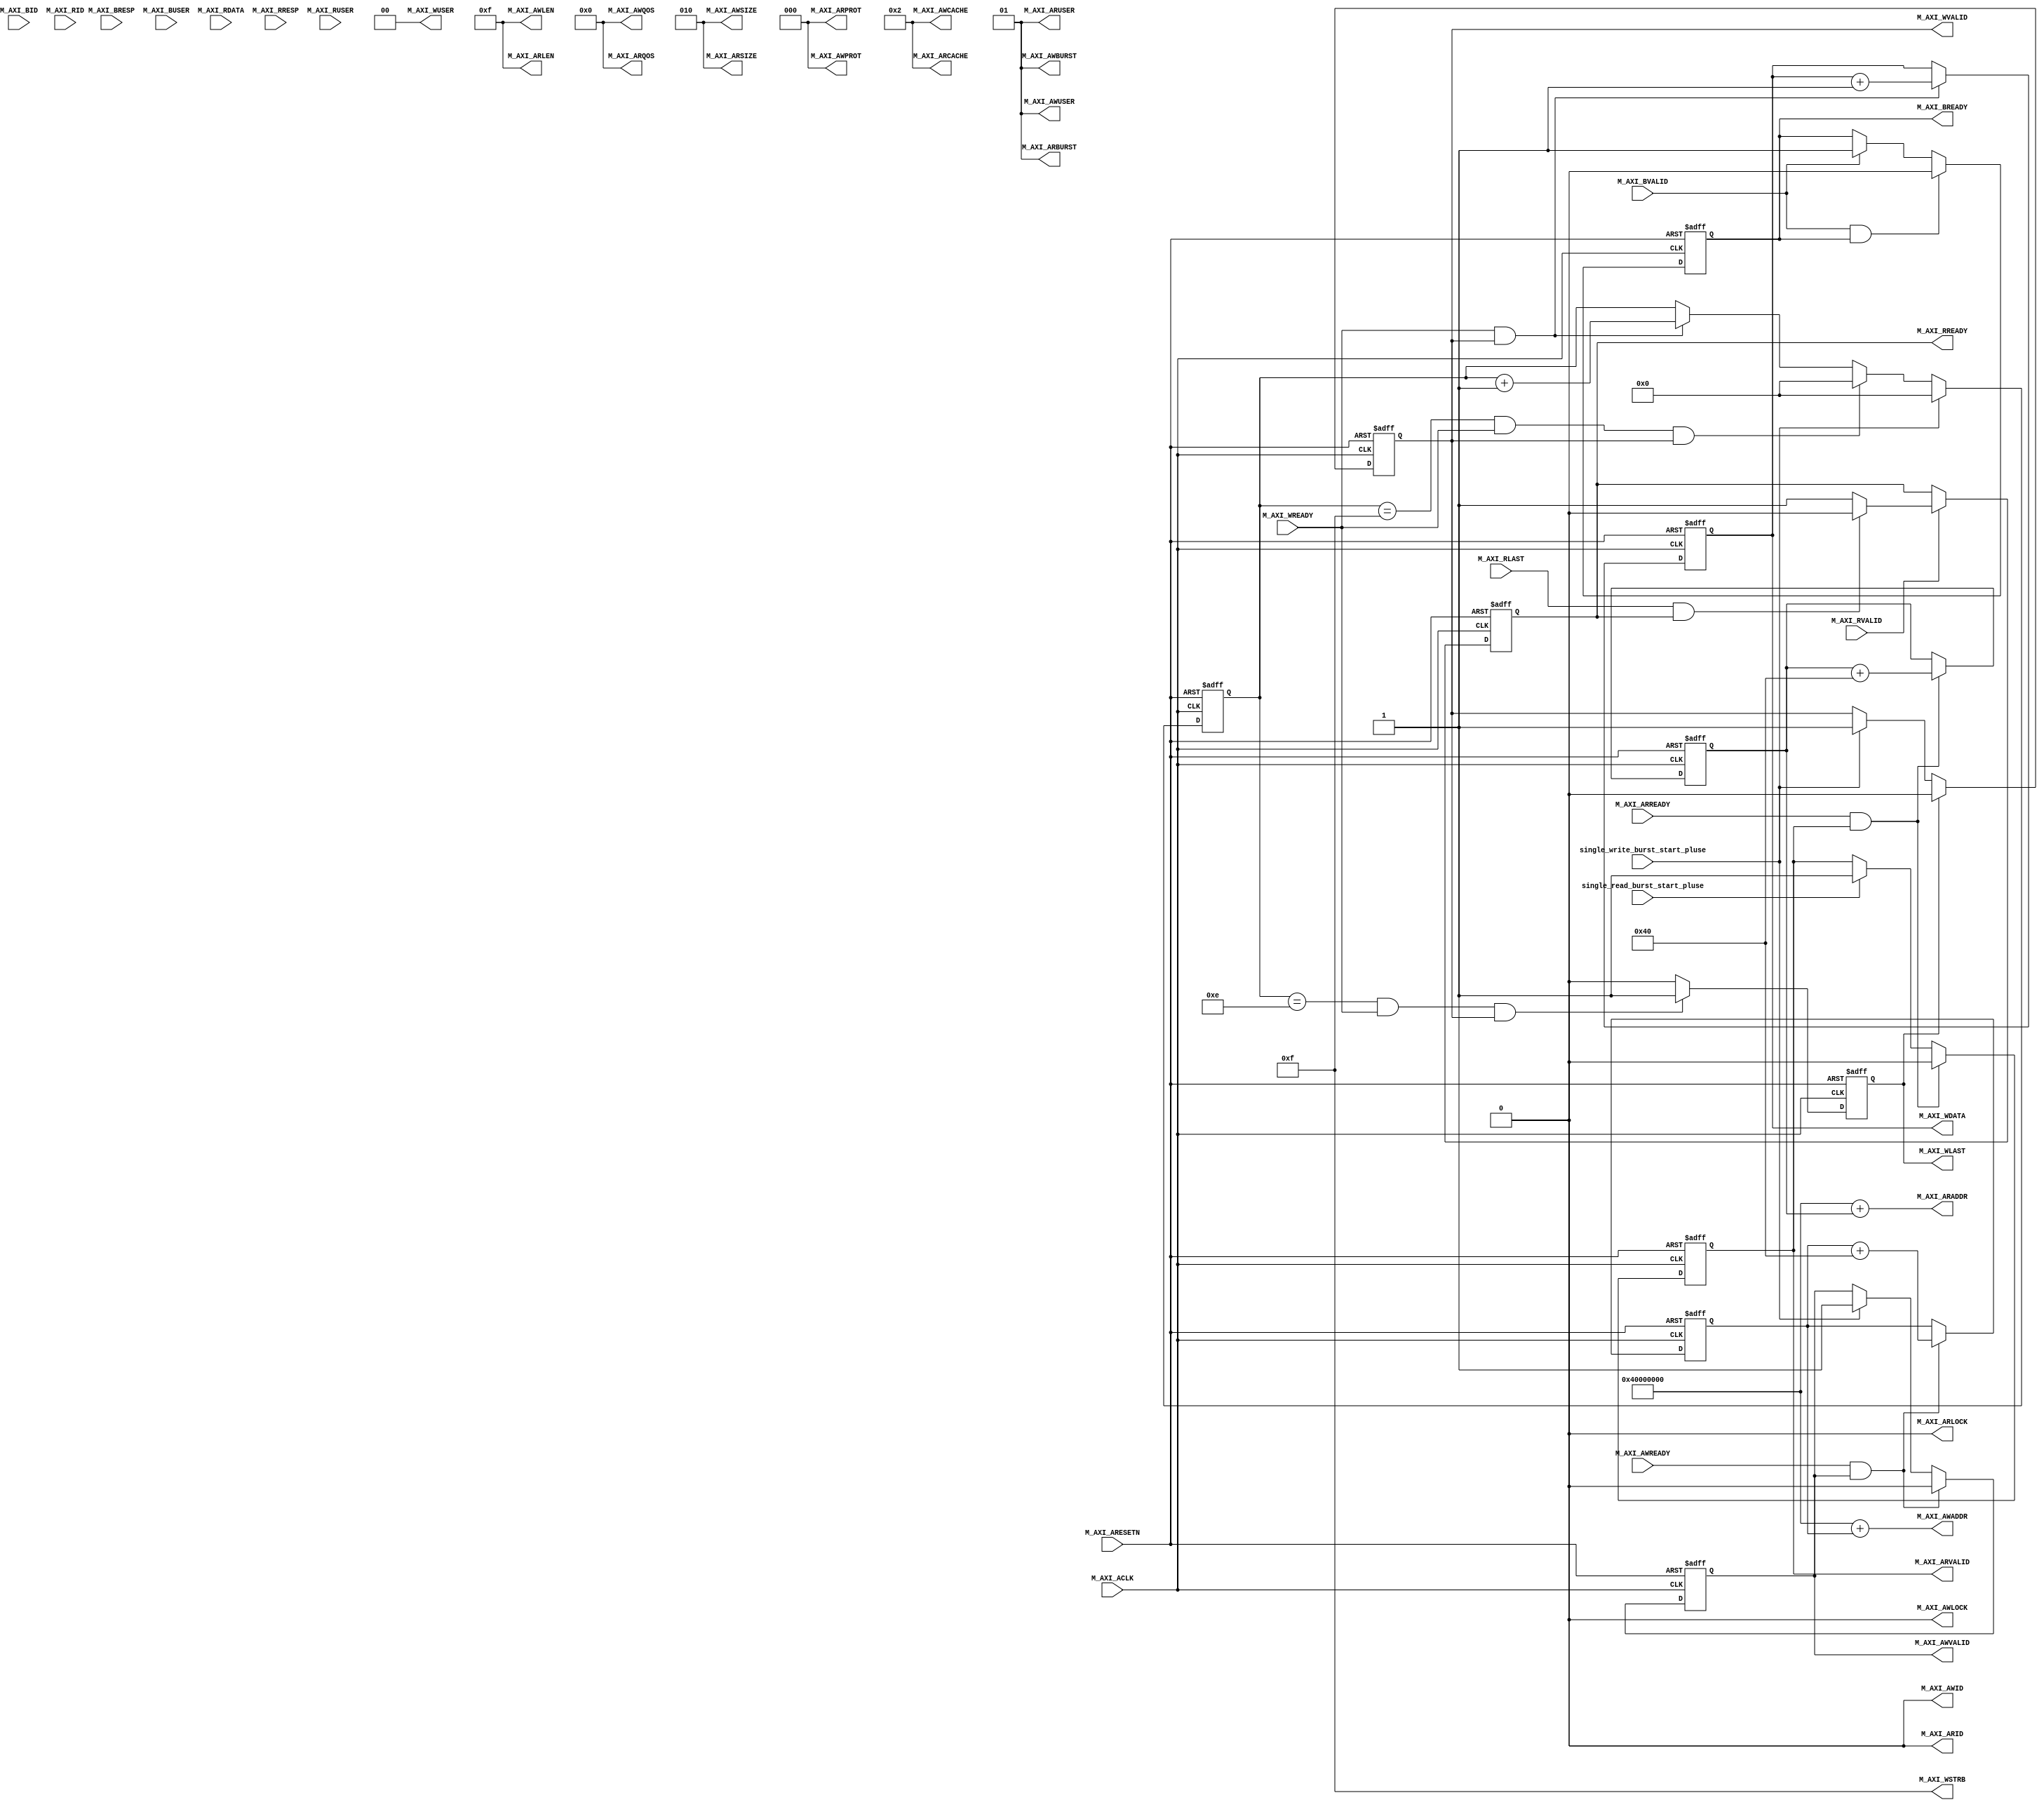
`timescale 1 ns / 1 ps
//////////////////////////////////////////////////////////////////////////////////
// Company: 
// 
// Design Name: 
// Module Name: m_axi_master_myself
// Project Name: 
// Target Devices: 
// Tool Versions: 
// Description: 
// 
// Dependencies: 
// 
// Revision:
// Revision 0.01 - File Created
// Additional Comments:
// 
//////////////////////////////////////////////////////////////////////////////////
module m_axi_master_myself #(
    parameter                           C_M_TARGET_SLAVE_BASE_ADDR= 32'h40000000,// Base address of targeted slave
    parameter                           C_M_AXI_BURST_LEN         = 16,// Burst Length. Supports 1, 2, 4, 8, 16, 32, 64, 128, 256 burst lengths
    parameter                           C_M_AXI_ID_WIDTH          = 1,// Thread ID Width
    parameter                           C_M_AXI_ADDR_WIDTH        = 32,// Width of Address Bus
    parameter                           C_M_AXI_DATA_WIDTH        = 32,// Width of Data Bus
    parameter                           C_M_AXI_AWUSER_WIDTH      = 0,// Width of User Write Address Bus
    parameter                           C_M_AXI_ARUSER_WIDTH      = 0,// Width of User Read Address Bus
    parameter                           C_M_AXI_WUSER_WIDTH       = 0,// Width of User Write Data Bus
    parameter                           C_M_AXI_RUSER_WIDTH       = 0,// Width of User Read Data Bus
    parameter                           C_M_AXI_BUSER_WIDTH       = 0// Width of User Response Bus
) (
    //-------------------------customrize---------------------------//
    input                               single_write_burst_start_pluse,
    input                               single_read_burst_start_pluse,
    //----------------------m AXI MM interface---------------------//
    input  wire                         M_AXI_ACLK                 ,// Global Clock Signal.
    input  wire                         M_AXI_ARESETN              ,// Global Reset Singal. This Signal is Active Low
    // aw channel(write address)
    output wire        [C_M_AXI_ID_WIDTH-1: 0]M_AXI_AWID           ,// Master Interface Write Address ID
    output wire        [C_M_AXI_ADDR_WIDTH-1: 0]M_AXI_AWADDR       ,// Master Interface Write Address
    output wire        [   7: 0]        M_AXI_AWLEN                ,// Burst length. The burst length gives the exact number of transfers in a burst
    output wire        [   2: 0]        M_AXI_AWSIZE               ,// Burst size. This signal indicates the size of each transfer in the burst
    output wire        [   1: 0]        M_AXI_AWBURST              ,// Burst type. The burst type and the size information,  determine how the address for each transfer within the burst is calculated.
    output wire                         M_AXI_AWLOCK               ,// Lock type. Provides additional information about the atomic characteristics of the transfer.
    output wire        [   3: 0]        M_AXI_AWCACHE              ,// Memory type. This signal indicates how transactions are required to progress through a system.
    output wire        [   2: 0]        M_AXI_AWPROT               ,// Protection type. This signal indicates the privilege and security level of the transaction, and whether the transaction is a data access or an instruction access.
    output wire        [   3: 0]        M_AXI_AWQOS                ,// Quality of Service, QoS identifier sent for each write transaction.
    output wire        [C_M_AXI_AWUSER_WIDTH-1: 0]M_AXI_AWUSER     ,// Optional User-defined signal in the write address channel.
    output wire                         M_AXI_AWVALID              ,// Write address valid. This signal indicates that the channel is signaling valid write address and control information.
    input  wire                         M_AXI_AWREADY              ,// Write address ready. This signal indicates that the slave is ready to accept an address and associated control signals
    // w channel(write data)
    output wire        [C_M_AXI_DATA_WIDTH-1: 0]M_AXI_WDATA        ,// Master Interface Write Data.
    output wire        [C_M_AXI_DATA_WIDTH/8-1: 0]M_AXI_WSTRB      ,// Write strobes. This signal indicates which byte lanes hold valid data. There is one write strobe bit for each eight bits of the write data bus.
    output wire                         M_AXI_WLAST                ,// Write last. This signal indicates the last transfer in a write burst.
    output wire        [C_M_AXI_WUSER_WIDTH-1: 0]M_AXI_WUSER       ,// Optional User-defined signal in the write data channel.
    output wire                         M_AXI_WVALID               ,// Write valid. This signal indicates that valid write data and strobes are available
    input  wire                         M_AXI_WREADY               ,// Write ready. This signal indicates that the slave can accept the write data.
    // b channel
    input  wire        [C_M_AXI_ID_WIDTH-1: 0]M_AXI_BID            ,// Master Interface Write Response.
    input  wire        [   1: 0]        M_AXI_BRESP                ,// Write response. This signal indicates the status of the write transaction.
    input  wire        [C_M_AXI_BUSER_WIDTH-1: 0]M_AXI_BUSER       ,// Optional User-defined signal in the write response channel
    input  wire                         M_AXI_BVALID               ,// Write response valid. This signal indicates that the channel is signaling a valid write response.
    output wire                         M_AXI_BREADY               ,// Response ready. This signal indicates that the master can accept a write response.
    // ar channel(read address)
    output wire        [C_M_AXI_ID_WIDTH-1: 0]M_AXI_ARID           ,// Master Interface Read Address.
    output wire        [C_M_AXI_ADDR_WIDTH-1: 0]M_AXI_ARADDR       ,// Read address. This signal indicates the initial address of a read burst transaction.
    output wire        [   7: 0]        M_AXI_ARLEN                ,// Burst length. The burst length gives the exact number of transfers in a burst
    output wire        [   2: 0]        M_AXI_ARSIZE               ,// Burst size. This signal indicates the size of each transfer in the burst
    output wire        [   1: 0]        M_AXI_ARBURST              ,// Burst type. The burst type and the size information,  determine how the address for each transfer within the burst is calculated.
    output wire                         M_AXI_ARLOCK               ,// Lock type. Provides additional information about the atomic characteristics of the transfer.
    output wire        [   3: 0]        M_AXI_ARCACHE              ,// Memory type. This signal indicates how transactions are required to progress through a system.
    output wire        [   2: 0]        M_AXI_ARPROT               ,// Protection type. This signal indicates the privilege and security level of the transaction, and whether the transaction is a data access or an instruction access.
    output wire        [   3: 0]        M_AXI_ARQOS                ,// Quality of Service, QoS identifier sent for each read transaction
    output wire        [C_M_AXI_ARUSER_WIDTH-1: 0]M_AXI_ARUSER     ,// Optional User-defined signal in the read address channel.
    output wire                         M_AXI_ARVALID              ,// Write address valid. This signal indicates that the channel is signaling valid read address and control information
    input  wire                         M_AXI_ARREADY              ,// Read address ready. This signal indicates that the slave is ready to accept an address and associated control signals
    // r channel(read data)
    input  wire        [C_M_AXI_ID_WIDTH-1: 0]M_AXI_RID            ,// Read ID tag. This signal is the identification tag for the read data group of signals generated by the slave.
    input  wire        [C_M_AXI_DATA_WIDTH-1: 0]M_AXI_RDATA        ,// Master Read Data
    input  wire        [   1: 0]        M_AXI_RRESP                ,// Read response. This signal indicates the status of the read transfer
    input  wire                         M_AXI_RLAST                ,// Read last. This signal indicates the last transfer in a read burst
    input  wire        [C_M_AXI_RUSER_WIDTH-1: 0]M_AXI_RUSER       ,// Optional User-defined signal in the read address channel.
    input  wire                         M_AXI_RVALID               ,// Read valid. This signal indicates that the channel is signaling the required read data.
    output wire                         M_AXI_RREADY                // Read ready. This signal indicates that the master can accept the read data and response information.
);
// ********************************************************************************** // 
//---------------------------------------------------------------------
// function called clogb2 that returns an integer which has the value of the ceiling of the log base 2
// for example, b = 8, a = clogb2(b) = 4
//---------------------------------------------------------------------
function integer clogb2;
    input                               integer bit_depth          ;
    for (clogb2 = 0; bit_depth>0; clogb2=clogb2+1) begin
        bit_depth = bit_depth >> 1;
    end
endfunction
// ********************************************************************************** // 
//---------------------------------------------------------------------
// regs and wires and localparams
//---------------------------------------------------------------------
    localparam                          integer C_TRANSACTIONS_NUM= clogb2(C_M_AXI_BURST_LEN-1);// C_TRANSACTIONS_NUM is the width of the index counter for  number of write or read transaction.
    reg                [C_M_AXI_ADDR_WIDTH-1: 0]axi_awaddr_r       ;
    reg                                 axi_awvalid_r              ;

    reg                [C_M_AXI_DATA_WIDTH-1: 0]axi_wdata_r        ;
    reg                                 axi_wlast_r                ;
    reg                                 axi_wvalid_r               ;

    reg                                 axi_bready_r               ;

    reg                [C_M_AXI_ADDR_WIDTH-1: 0]axi_araddr_r       ;
    reg                                 axi_arvalid_r              ;

    reg                                 axi_rready_r               ;

    wire               [C_TRANSACTIONS_NUM+2: 0]burst_size_bytes   ;
    reg                [C_TRANSACTIONS_NUM: 0]write_index          ;
    reg                [C_TRANSACTIONS_NUM: 0]read_index           ;

    // reg                                 single_write_burst_start_pluse  ;
    // reg                                 single_read_burst_start_pluse  ;
// ********************************************************************************** // 
//---------------------------------------------------------------------
// assigns
//---------------------------------------------------------------------
//I/O Connections. Write Address (AW)
    assign                              M_AXI_AWID                = 'b0;//I/O Connections. Write Address (AW)
    assign                              M_AXI_AWADDR              = C_M_TARGET_SLAVE_BASE_ADDR + axi_awaddr_r;//The AXI address is a concatenation of the target base address + active offset range
    assign                              M_AXI_AWLEN               = C_M_AXI_BURST_LEN - 1;//Burst LENgth is number of transaction beats, minus 1
    assign                              M_AXI_AWSIZE              = clogb2((C_M_AXI_DATA_WIDTH/8)-1);//Size should be C_M_AXI_DATA_WIDTH, in 2^SIZE bytes, otherwise narrow bursts are used
    assign                              M_AXI_AWBURST             = 2'b01;//INCR burst type is usually used, except for keyhole bursts
    assign                              M_AXI_AWLOCK              = 1'b0;
    assign                              M_AXI_AWCACHE             = 4'b0010;//Update value to 4'b0011 if coherent accesses to be used via the Zynq ACP port. Not Allocated, Modifiable, not Bufferable. Not Bufferable since this example is meant to test memory, not intermediate cache. 
    assign                              M_AXI_AWPROT              = 3'h0;
    assign                              M_AXI_AWQOS               = 4'h0;
    assign                              M_AXI_AWUSER              = 1'b1;
    assign                              M_AXI_AWVALID             = axi_awvalid_r;
//Write Data(W)
    assign                              M_AXI_WDATA               = axi_wdata_r;
    assign                              M_AXI_WSTRB               = {(C_M_AXI_DATA_WIDTH/8){1'b1}};//All bursts are complete and aligned in this example
    assign                              M_AXI_WLAST               = axi_wlast_r;
    assign                              M_AXI_WUSER               = 1'b0;
    assign                              M_AXI_WVALID              = axi_wvalid_r;
//Write Response (B)
    assign                              M_AXI_BREADY              = axi_bready_r;
//Read Address (AR)
    assign                              M_AXI_ARID                = 1'b0;
    assign                              M_AXI_ARADDR              = C_M_TARGET_SLAVE_BASE_ADDR + axi_araddr_r;
    assign                              M_AXI_ARLEN               = C_M_AXI_BURST_LEN - 1;//Burst LENgth is number of transaction beats, minus 1
    assign                              M_AXI_ARSIZE              = clogb2((C_M_AXI_DATA_WIDTH/8)-1);//Size should be C_M_AXI_DATA_WIDTH, in 2^n bytes, otherwise narrow bursts are used
    assign                              M_AXI_ARBURST             = 2'b01;//INCR burst type is usually used, except for keyhole bursts
    assign                              M_AXI_ARLOCK              = 1'b0;
    assign                              M_AXI_ARCACHE             = 4'b0010;//Update value to 4'b0011 if coherent accesses to be used via the Zynq ACP port. Not Allocated, Modifiable, not Bufferable. Not Bufferable since this example is meant to test memory, not intermediate cache. 
    assign                              M_AXI_ARPROT              = 3'h0;
    assign                              M_AXI_ARQOS               = 4'h0;
    assign                              M_AXI_ARUSER              = 1'b1;
    assign                              M_AXI_ARVALID             = axi_arvalid_r;
//Read and Read Response (R)
    assign                              M_AXI_RREADY              = axi_rready_r;

//Burst size in bytes
    assign                              burst_size_bytes          = C_M_AXI_BURST_LEN * C_M_AXI_DATA_WIDTH/8;
// ********************************************************************************** // 
//---------------------------------------------------------------------
// main code
//---------------------------------------------------------------------
//--------------------
//Write Address Channel
//--------------------
always@(posedge M_AXI_ACLK or negedge M_AXI_ARESETN)begin
    if(!M_AXI_ARESETN)
        axi_awvalid_r <= 'd0;
    else if (M_AXI_AWREADY && axi_awvalid_r)
        axi_awvalid_r <= 'd0;
    else if (single_write_burst_start_pluse)
        axi_awvalid_r <= 'd1;
    else
        axi_awvalid_r <= axi_awvalid_r;
end
// Next address after AWREADY indicates previous address acceptance
always@(posedge M_AXI_ACLK or negedge M_AXI_ARESETN)begin
    if(!M_AXI_ARESETN)
        axi_awaddr_r <= 'd0;
    else if (M_AXI_AWREADY && axi_awvalid_r)
        axi_awaddr_r <= axi_awaddr_r + burst_size_bytes;
    else
        axi_awaddr_r <= axi_awaddr_r;
end
//--------------------
//Write Data Channel
//--------------------
always@(posedge M_AXI_ACLK or negedge M_AXI_ARESETN)begin
    if(!M_AXI_ARESETN)
        axi_wvalid_r <= 'd0;
    else if (axi_wlast_r)
        axi_wvalid_r <= 'd0;
    else if (single_write_burst_start_pluse)
        axi_wvalid_r <= 'd1;
    else
        axi_wvalid_r <= axi_wvalid_r;
end

always@(posedge M_AXI_ACLK or negedge M_AXI_ARESETN)begin
    if(!M_AXI_ARESETN)
        write_index <= 'd0;
    else if (single_write_burst_start_pluse)
        write_index <= 'd0;
    else if (write_index == C_M_AXI_BURST_LEN-1 && M_AXI_WREADY && axi_wvalid_r)
        write_index <= 'd0;
    else if (M_AXI_WREADY && axi_wvalid_r)
        write_index <= write_index + 'd1;
    else
        write_index <= write_index;
end

always@(posedge M_AXI_ACLK or negedge M_AXI_ARESETN)begin
    if(!M_AXI_ARESETN)
        axi_wlast_r <= 'd0;
    else if (((write_index == C_M_AXI_BURST_LEN-2 && C_M_AXI_BURST_LEN >= 2) && M_AXI_WREADY && axi_wvalid_r) || (C_M_AXI_BURST_LEN == 1 ))
        axi_wlast_r <= 'd1;
    else
        axi_wlast_r <= 'd0;
end

always@(posedge M_AXI_ACLK or negedge M_AXI_ARESETN)begin
    if(!M_AXI_ARESETN)
        axi_wdata_r <= 'd1314;
    else if (M_AXI_WREADY && axi_wvalid_r)
        axi_wdata_r <= axi_wdata_r + 'd1;
    else
        axi_wdata_r <= axi_wdata_r;
end
//----------------------------
//Write Response (B) Channel
//----------------------------
always@(posedge M_AXI_ACLK or negedge M_AXI_ARESETN)begin
    if(!M_AXI_ARESETN)
        axi_bready_r <= 'd0;
    else if (M_AXI_BVALID && axi_bready_r)
        axi_bready_r <= 'd0;
    else if (M_AXI_BVALID)
        axi_bready_r <= 'd1;
    else
        axi_bready_r <= axi_bready_r;
end
//----------------------------
//Read Address Channel
//----------------------------
always@(posedge M_AXI_ACLK or negedge M_AXI_ARESETN)begin
    if(!M_AXI_ARESETN)
        axi_arvalid_r <= 'd0;
    else if (M_AXI_ARREADY && axi_arvalid_r)
        axi_arvalid_r <= 'd0;
    else if (single_read_burst_start_pluse)
        axi_arvalid_r <= 'd1;
    else
        axi_arvalid_r <= axi_arvalid_r;
end
// Next address after ARREADY indicates previous address acceptance
always@(posedge M_AXI_ACLK or negedge M_AXI_ARESETN)begin
    if(!M_AXI_ARESETN)
        axi_araddr_r <= 'd0;
    else if (M_AXI_ARREADY && axi_arvalid_r)
        axi_araddr_r <= axi_araddr_r + burst_size_bytes;
    else
        axi_araddr_r <= axi_araddr_r;
end
//--------------------------------
//Read Data (and Response) Channel
//--------------------------------
always@(posedge M_AXI_ACLK or negedge M_AXI_ARESETN)begin
    if(!M_AXI_ARESETN)
        axi_rready_r <= 'd0;
    else if (M_AXI_RVALID) begin
        if (M_AXI_RLAST && axi_rready_r)
            axi_rready_r <= 'd0;
        else
            axi_rready_r <= 'd1;
    end
    else
        axi_rready_r <= axi_rready_r;
end
// Burst length counter. Uses extra counter register bit to indicate terminal count to reduce decode logic   
always@(posedge M_AXI_ACLK or negedge M_AXI_ARESETN)begin
    if(!M_AXI_ARESETN)
        read_index <= 'd0;
    else if (M_AXI_RLAST)
        read_index <= 'd0;
    else if (M_AXI_RVALID && axi_rready_r && (read_index != C_M_AXI_BURST_LEN-1))
        read_index <= read_index + 'd1;
    else
        read_index <= read_index;
end

endmodule